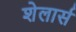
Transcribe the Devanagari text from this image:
शेलार्स